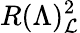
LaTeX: R(\Lambda)_{\mathcal{L}}^{2}